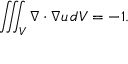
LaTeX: \iiint _ { V } \nabla \cdot \nabla u \, d V = - 1 .